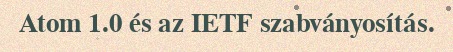
Atom 1.0 és az IETF szabványosítás.